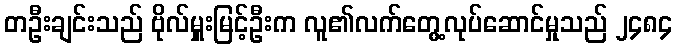
တဦးချင်းသည် ဗိုလ်မှူးမြင့်ဦးက လူ၏လက်တွေ့လုပ်ဆောင်မှုသည် ၂၄၈၄